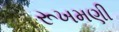
રૂખમણી